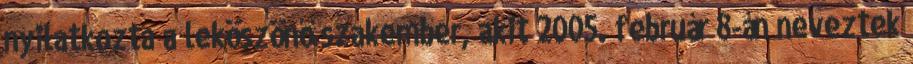
nyilatkozta a leköszönő szakember, akit 2005. február 8-án neveztek